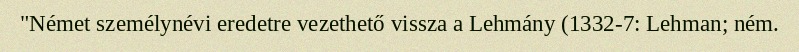
"Német személynévi eredetre vezethető vissza a Lehmány (1332-7: Lehman; ném.